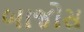
બાજોસ